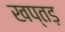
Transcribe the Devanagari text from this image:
खप्तड़